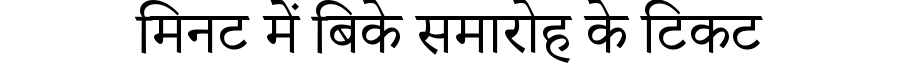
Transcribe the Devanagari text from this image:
मिनट में बिके समारोह के टिकट